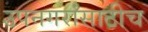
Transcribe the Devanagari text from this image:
उपनगरांसाठीच